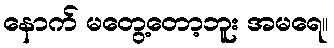
နောက် မတွေ့တော့ဘူး အမရေ။